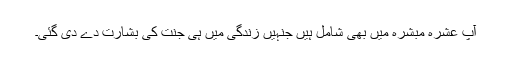
آپ عشرہ مبشرہ میں بھی شامل ہیں جنہیں زندگی میں ہی جنت کی بشارت دے دی گئی۔